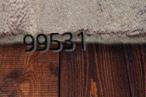
99531